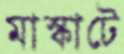
মাস্কাটে